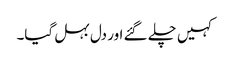
کہیں چلے گئے اور دل بہل گیا۔